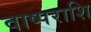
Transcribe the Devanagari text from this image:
वाष्पराशि